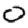
Digit: 0